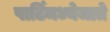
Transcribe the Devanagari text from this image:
पार्टिमध्येजाते